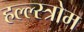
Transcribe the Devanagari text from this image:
हल्ल्स्त्रोम